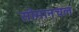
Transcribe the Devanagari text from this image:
सीमानचल